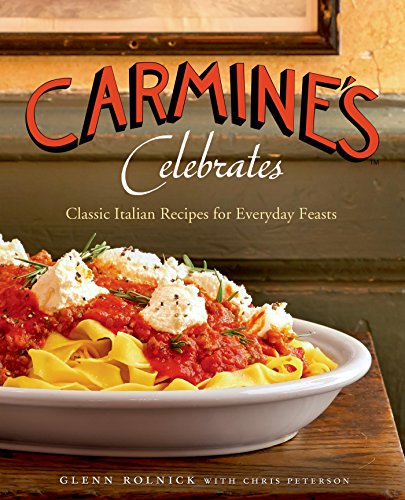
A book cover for Carmine's Celebrates: Classic Italian Recipes for Everyday Feasts; Glenn Rolnick; Cookbooks, Food & Wine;